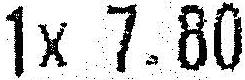
1X 7.80